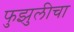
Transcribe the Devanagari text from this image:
फुझुलीचा